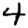
Digit: 4